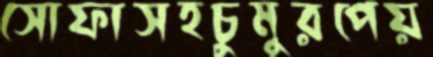
সোফাসহচুমুরপেয়